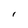
Character: l